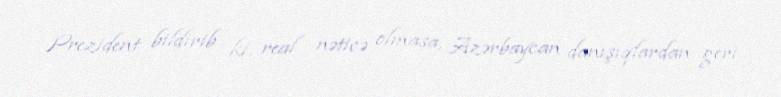
Prezident bildirib ki, real nəticə olmasa, Azərbaycan danışıqlardan geri